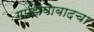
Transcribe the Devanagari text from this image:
गाझियाबादचा